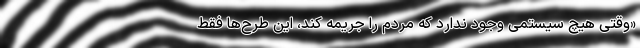
«وقتی هیچ سیستمی وجود ندارد که مردم را جریمه کند، این طرح‌ها فقط